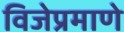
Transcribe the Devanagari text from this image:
विजेप्रमाणे